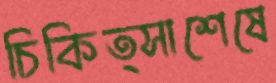
চিকিত্সাশেষে